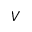
V